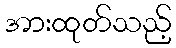
အားထုတ်သည့်